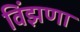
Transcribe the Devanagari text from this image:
विंझणा